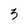
Character: 3